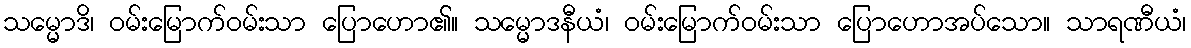
သမ္မောဒိ၊ ဝမ်းမြောက်ဝမ်းသာ ပြောဟော၏။ သမ္မောဒနီယံ၊ ဝမ်းမြောက်ဝမ်းသာ ပြောဟောအပ်သော။ သာရဏီယံ၊